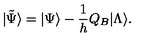
| \tilde { \Psi } \rangle = | \Psi \rangle - \frac { 1 } { h } Q _ { B } | \Lambda \rangle .